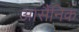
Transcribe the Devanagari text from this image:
आर्सैंनिक